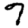
Digit: 7